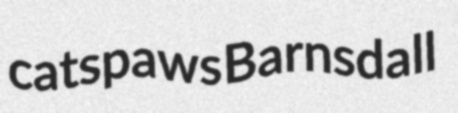
catspaws Barnsdall